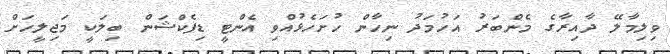
ވިލިމާލޭ ދާއިރާގެ މެންބަރު އަހުމަދު ނިހާން ހުށަހެޅުއްވި އެންޓީ ޑިފެކްޝަން ބިލަކީ މަޖިލީހަށް